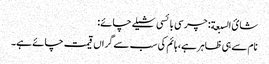
شائ السبعة: چرسی بائسی شیلے چائے:
نام سے ہی ظاہر ہے، ہائم کی سب سے گراں قیمت چائے ہے۔